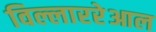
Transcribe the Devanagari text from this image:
विल्लाररेआल